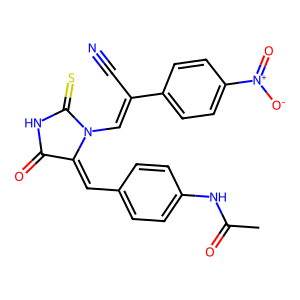
SMILES: CC(=O)Nc1ccc(C=C2C(=O)NC(=S)N2C=C(C#N)c2ccc([N+](=O)[O-])cc2)cc1
Inhibits HIV replication: No